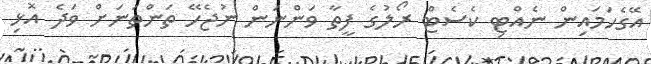
އޭގެހަމައިން ނެއްޓި ކެސެޓް ރޯލުގެ ފީތާ ވަންނަން ނުޖެހޭ ތަންތަނަށް ވަދެ އޮޅި